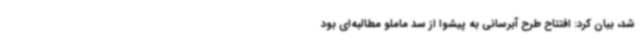
شد، بیان کرد: افتتاح طرح آبرسانی به پیشوا از سد ماملو مطالبه‌ای بود